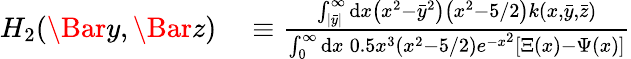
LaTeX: \begin{array}{rl}{H_{2}(\Bar{y},\Bar{z})}&{{}\equiv\frac{\int_{|\bar{y}|}^{\infty}\mathrm{d}x\left(x^{2}-\bar{y}^{2}\right)\left(x^{2}-5/2\right)k(x,\bar{y},\bar{z})}{\int_{0}^{\infty}\mathrm{d}x\: 0.5x^{3}\left(x^{2}-5/2\right)e^{-x^{2}}[\Xi(x)-\Psi(x)]}}\end{array}